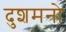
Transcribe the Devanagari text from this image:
दुशमनो